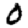
Digit: 0